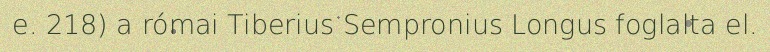
e. 218) a római Tiberius Sempronius Longus foglalta el.